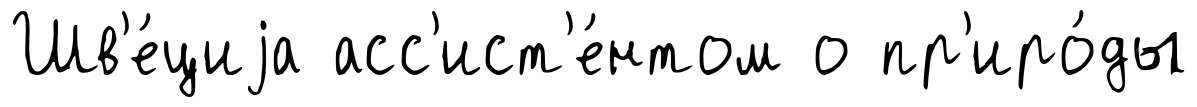
Шв'е́циjа асс'ист'е́нтом о пр'иро́ды